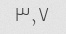
۳٫۷